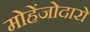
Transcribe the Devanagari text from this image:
मोहेंजोदारो